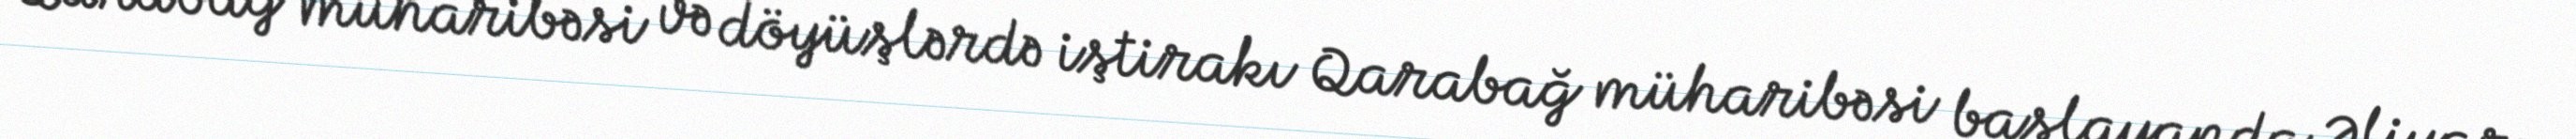
Qarabağ müharibəsi və döyüşlərdə iştirakı Qarabağ müharibəsi başlayanda Əliyar